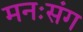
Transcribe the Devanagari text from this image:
मनःसंग